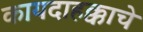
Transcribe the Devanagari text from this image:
कायदाहक्काचे